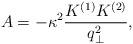
LaTeX: \begin{align*}A= - \kappa^2 \frac{K^{(1)} K^{(2)}}{q_\perp^2},\end{align*}